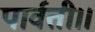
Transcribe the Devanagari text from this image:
पार्वती।।